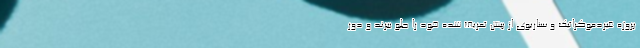
پروژه غیردموکراتیک و سناریوی از پیش تعریف شده خود را جلو ببرند و دور